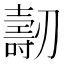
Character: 𠠐